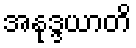
အနုဒ္ဒယာတိ